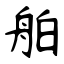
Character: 舶